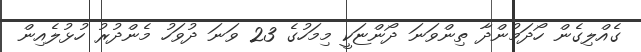
ގެއްލިގެން ހޯދަމުންދާ ތިންވަނަ ދޯންޏަކީ މިމަހުގެ 23 ވަނަ ދުވަހު މެންދުރު ހުޅުލެއިން